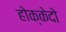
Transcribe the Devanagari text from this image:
होक्केदो